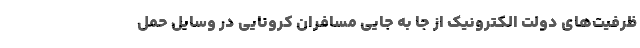
ظرفیت‌های دولت الکترونیک از جا به جایی مسافران کرونایی در وسایل حمل